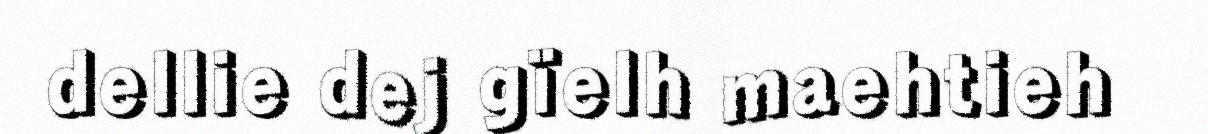
dellie dej gïelh maehtieh